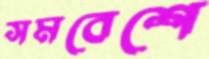
সমবেশে